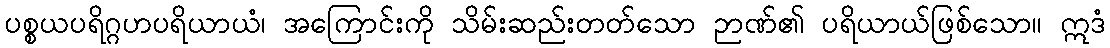
ပစ္စယပရိဂ္ဂဟပရိယာယံ၊ အကြောင်းကို သိမ်းဆည်းတတ်သော ဉာဏ်၏ ပရိယာယ်ဖြစ်သော။ ဣဒံ